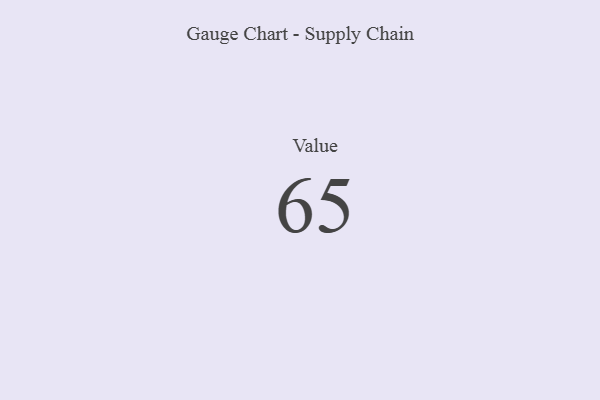
{"axis": {"x": "Metric", "y": "Value"}, "legend": [""], "data": [{"x": "Value", "y": 65, "type": ""}]}